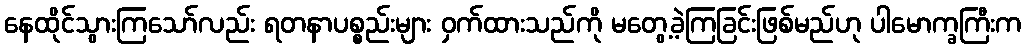
နေထိုင်သွားကြသော်လည်း ရတနာပစ္စည်းများ ဝှက်ထားသည်ကို မတွေ့ခဲ့ကြခြင်းဖြစ်မည်ဟု ပါမောက္ခကြီးက